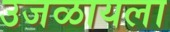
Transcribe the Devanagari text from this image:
उजळायला